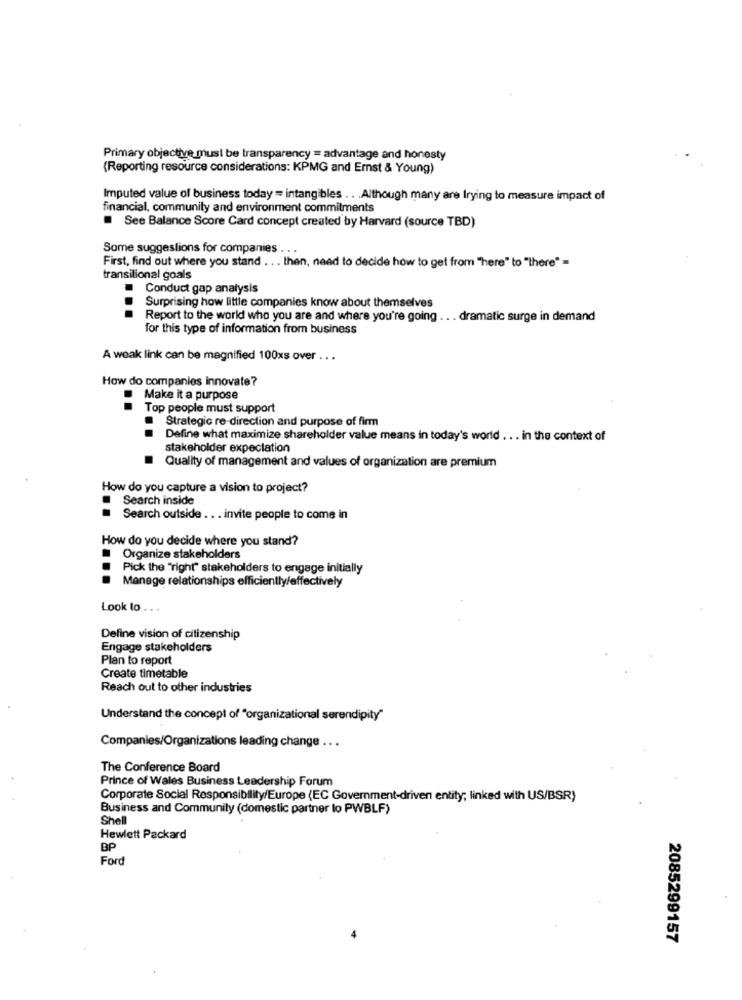
Primary objective must be transparency = advantage and honesty
(Reporting resource considerations: KPMG and Ernst & Young)
Imputed value of business today = intangibles . . . Although many are Irying to measure impact of
financial, community and environment commitments
See Balance Score Card concept created by Harvard (source TBD)
Some suggestions for companies .
First, find out where you stand .. . then, need to decide how to get from "here" to "there" =
transitional goals
Conduct gap analysis
Surprising how little companies know about themselves
...
Report to the world who you are and where you're going .. . dramatic surge in demand
for this type of information from business
A weak link can be magnified 100xs over .. .
How do companies innovate?
Make it a purpose
Top people must support
.
Strategic re-direction and purpose of firm
Define what maximize shareholder value means in today's world . .. in the context of
stakeholder expectation
Quality of management and values of organization are premium
How do you capture a vision to project?
Search inside
Search outside . . . invite people to come in
How do you decide where you stand?
Organize stakeholders
Pick the "right" stakeholders to engage initially
Manage relationships efficiently/effectively
Look to . . .
Define vision of citizenship
Engage stakeholders
Plan to report
Create timetable
Reach out to other industries
Understand the concept of "organizational serendipity"
Companies/Organizations leading change ...
The Conference Board
Prince of Wales Business Leadership Forum
Corporate Social Responsibility/Europe (EC Government-driven entity; linked with US/BSR)
Business and Community (domestic partner lo PWBLF)
Shell
Hewlett Packard
BP
Ford
2085299157